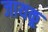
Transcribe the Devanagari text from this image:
जायकू